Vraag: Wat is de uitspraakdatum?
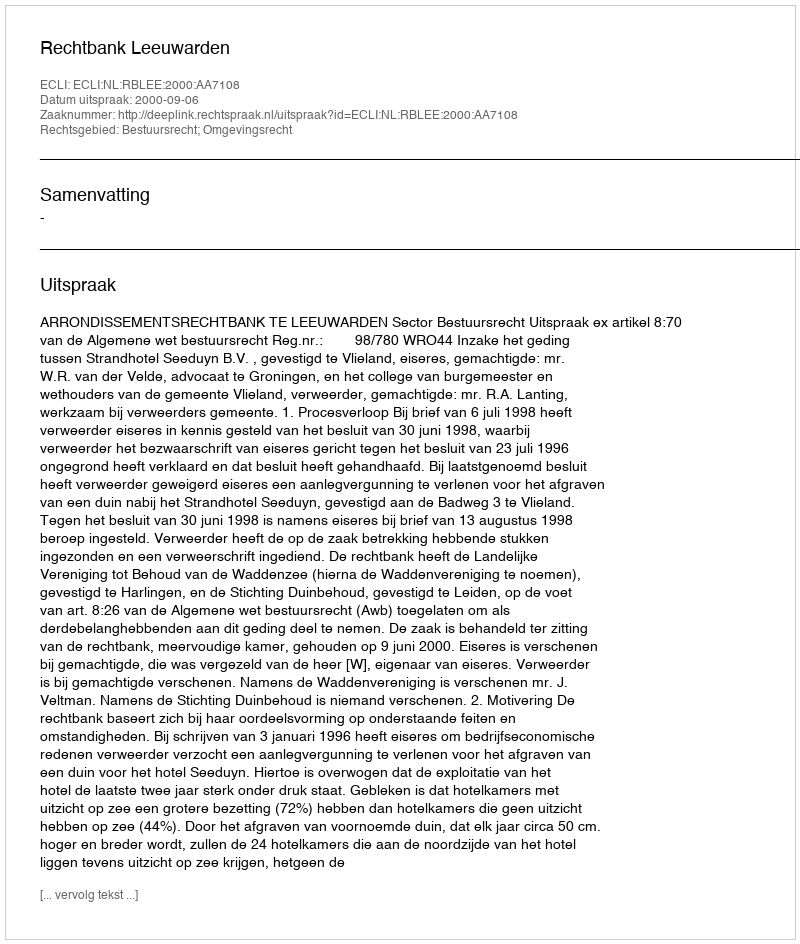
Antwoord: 2000-09-06